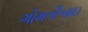
ગોમતીબાઇ